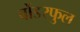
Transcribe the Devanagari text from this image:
वोंडरफुल